King Institute of Preventive Medicine Micro-Biological Section reports 1909-11
Year: 1909
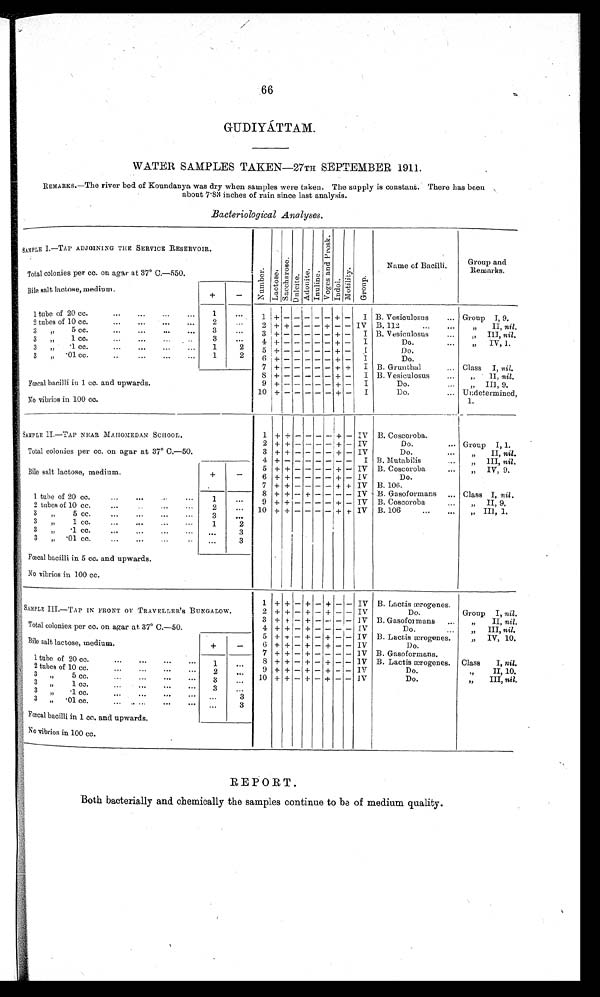
66
GUDIYAÁTAM.
WATER SAMPLES TAKEN—27TH SEPTEMBER 1911.
REMARKS.—The river bed of Koundanya was dry when samples were taken. The supply is constant. There has been ,
about 7.83 inches of rain since last analysis.
Bacteriological Analyses.
SAMPLE I.—TAP ADJOINING THE SERVICE RESERVOIR.
N u m b e r . L a c t o s e .
S a c c h a r o s e .
D u l c i t e .
A d o n i t e . I n u l i n e .
V o g e s a n d P r o s k .
Indol.
M o t i l i t y .
G r o u p .
Name of Bacilli.
Group and
Remarks.
Total colonies per cc. on agar at 37° C.—550.
Bile salt, lactose, medium.
+
-
1 tube of 20 cc.
... ... ...
... 1 ...
1 +
- - - - - + - I B. Vesiculosus
... Group 1, 9.
2 tubes of 10 cc.
...
... ... ...
2
...
2 + + - - - + - - IV B. 112
II, nil .
3,, 5 cc. ... ... ... ... 3 ... 3 + - - - - - + - I B. Vesicu1osus
...
„ III, nil.
3 ,, 1cc.
...
... ... ...
3
...
4 + - - - - - + - I
Do.
IV, 1.
3 ,, .1 cc. ... ... ... ... 1
2
5 + - - - - - + - 1
Do.
3 ,, .01 cc. ...
...
...
...
1
2
6 + - - - - - + - I
Do.
7 + - - - - - + + I B. Grunthal
... Class I, nil.
8 + - - - - - + - I B. Vesiculosus
...
„ II, nil.
Fœcal bacilli in 1 cc. and upwards.
9 + - - - - - + - I
Do. ...
„ III, 9.
No vibrios in 100 cc.
10 +
- - - - -
+ - I
Do.
... Undetermined,
1.
SAMPLE II.—TAP NEAR MAHOMEDAN SCHOOL.
1 + + -
-
- - + - IV B. Coscoroba.
2 + + - - - - + - IV
Do.
... Group I, 1.
Total colonies per cc. on agar at 37° C.—50.
3 + + - - - - + - IV
Do.
II, nil.
4 + - - - - - + -
I B. Mutabilis
III, nil.
5 + + - - - - + - IV B. Coscoroba
IV, 9.
Bile salt lactose, medium.
+
-
6 + + - - - - + - IV
Do.
7 + + - - - - - + IV B. 106.
8
+ + - + - - - - IV B. Gasoformans ... Class I, nil .
1 tube of 20 cc.
... ...
...
...
1
...
9 + + - - - - + - IV B. Coscoroba
II, 9
2 tubes of 10 cc.
... ... ... ...
2
... 10 + + - - - - + + IV B. 106
III, 1.
3 „
5 cc.
...
...
...
...
3 ...
3 „
1 cc. ... ... ... ... 1 2
3 ,,
.1 cc.
...
... ... ... ...
3
3 ,, 0.1 cc.
...
... ... ... ...
3
Fœcal bacilli in 5 cc. and upwards.
No vibrios in 100 cc.
1 + + - + -
+
- - IV B. Lactis ærogenes.
SAMPLE III.—TAP IN FRONT OF TRAVELLER'S BUNGALOW.
2 + + - + - + - - IV
Do.
Group I, nil .
3 + + - + - - - - IV B. Gasoformans ...
„
II, nil.
Total colonies per cc. on agar at 37° C.—50.
4 + + - + - - - - IV
Do.
,, III, nil.
5 + + - + - + - - IV 13. Lactis mrogenes.
,, IV, 10.
Bile salt lactose, medium.
+
-
6 + + - + - + - - IV
Do.
7 + + - + - - - - IV B. Gasoformans.
1 tube of 20 cc.
...
...
...
...
1
...
8 + + - + - + - - IV B. Lactis ærogenes. Class
I, nil.
2 tubes of 10 cc.
...
...
...
...
2
...
9 + + - + - + - - IV
Do.
„
II, 10.
3 ,,
5 cc.
...
...
...
...
3
... 10 + + - + - + - - IV
Do.
,,
III, nil.
3 ,,
1 cc. ... ... ... ... 3 ...
3 ,, .1 cc.
...
... ... ... ...
3
3 ,, .01 cc.
... ...
...
... ...
3
Fœcal bacilli in 1 cc. and upwards.
No vibrios in 100 cc.
. .
REPORT.
Both bacterially and chemically the samples continue to be of medium quality.